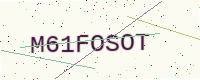
Text: M61FOSOT